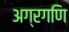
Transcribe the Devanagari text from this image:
अग्रगणि